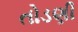
તોડણી